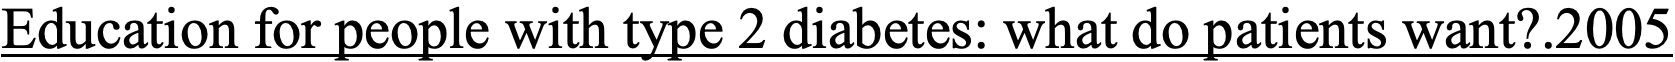
Education for people with type 2 diabetes: what do patients want?.2005